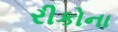
રીકોના